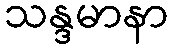
သန္ဒမာနာ